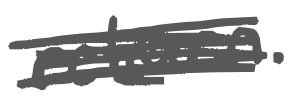
Text: return.
Cross-out: scratch
Writing tool: digital_gray